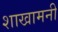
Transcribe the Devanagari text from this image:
शाखामनी